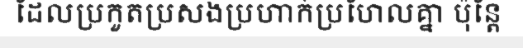
ដែលប្រកួតប្រសងប្រហាក់ប្រហែលគ្នា ប៉ុន្តែ